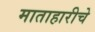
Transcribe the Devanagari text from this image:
माताहारीचे